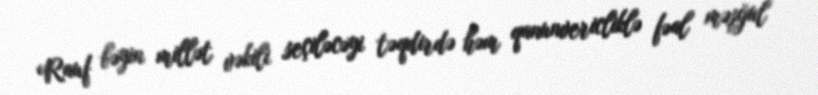
Rauf bəyin millət vəkili seçiləcəyi təqdirdə həm qanunvericliklə fəal məşğul